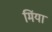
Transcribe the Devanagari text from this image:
मिंया